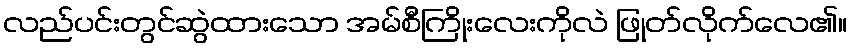
လည်ပင်းတွင်ဆွဲထားသော အမ်စီကြိုးလေးကိုလဲ ဖြုတ်လိုက်လေ၏။